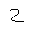
Letter: _ha